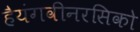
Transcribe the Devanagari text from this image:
हैयंगवीनरसिको